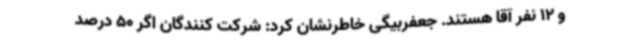
و 12 نفر آقا هستند. جعفربیگی خاطرنشان کرد: شرکت کنندگان اگر 50 درصد